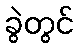
ခွဲတွင်